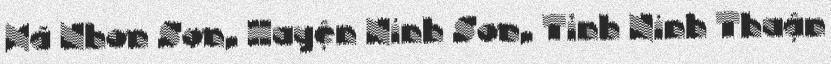
Xã Nhơn Sơn, Huyện Ninh Sơn, Tỉnh Ninh Thuận